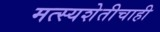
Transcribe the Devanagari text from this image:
मत्स्यशेतीचाही